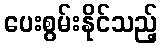
ပေးစွမ်းနိုင်သည့်